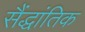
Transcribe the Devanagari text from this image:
सैंद्धांतिक